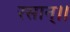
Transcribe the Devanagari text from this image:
रसान्।।